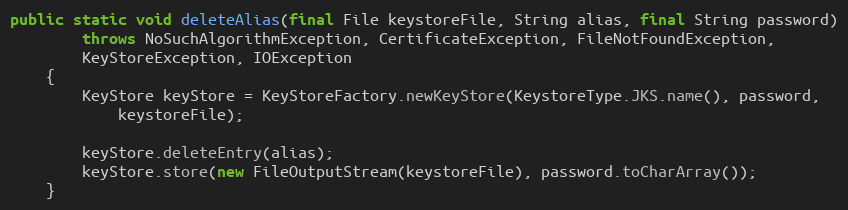
Language: Java
public static void deleteAlias(final File keystoreFile, String alias, final String password)
		throws NoSuchAlgorithmException, CertificateException, FileNotFoundException,
		KeyStoreException, IOException
	{
		KeyStore keyStore = KeyStoreFactory.newKeyStore(KeystoreType.JKS.name(), password,
			keystoreFile);

		keyStore.deleteEntry(alias);
		keyStore.store(new FileOutputStream(keystoreFile), password.toCharArray());
	}